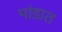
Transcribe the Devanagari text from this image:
मांडात